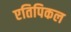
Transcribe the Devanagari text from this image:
एतिपिकल